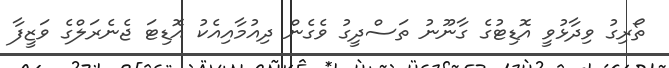
ތޯރިގު ވިދާޅުވީ އޮޑިޓުގެ ގާނޫނު ތަސްދީގު ވެގެން ދިއުމާއިއެކު އޮޑިޓަ ޖެެނެރަލްގެ ވަޒީފާ